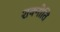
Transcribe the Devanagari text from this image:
शक्नोति